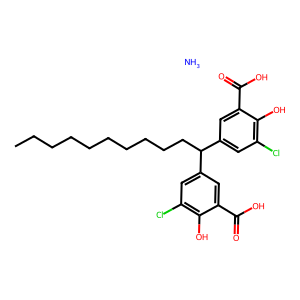
SMILES: CCCCCCCCCCC(c1cc(Cl)c(O)c(C(=O)O)c1)c1cc(Cl)c(O)c(C(=O)O)c1.N
Inhibits HIV replication: No